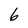
Character: 6